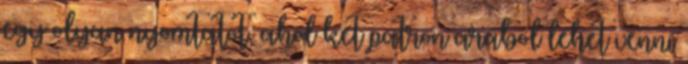
egy olyan nyomtatot, ahol ket patron arabol lehet venni